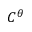
C ^ { \theta }